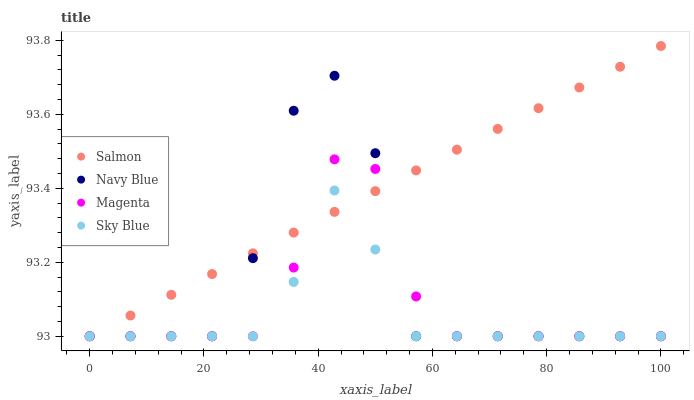
| xaxis_label | Salmon | Navy Blue | Magenta | Sky Blue |
 | --- | --- | --- | --- | --- |
 | 0 | 93 | 93 | 93 | 93 |
 | 7.14 | 93.1 | 93 | 93 | 93 |
 | 14.3 | 93.1 | 93 | 93 | 93 |
 | 21.4 | 93.2 | 93 | 93 | 93 |
 | 28.6 | 93.2 | 93.2 | 93 | 93 |
 | 35.7 | 93.3 | 93.6 | 93.2 | 93.1 |
 | 42.9 | 93.3 | 93.7 | 93.5 | 93.4 |
 | 50 | 93.4 | 93.5 | 93.5 | 93.2 |
 | 57.1 | 93.4 | 93 | 93.1 | 93 |
 | 64.3 | 93.5 | 93 | 93 | 93 |
 | 71.4 | 93.6 | 93 | 93 | 93 |
 | 78.6 | 93.6 | 93 | 93 | 93 |
 | 85.7 | 93.7 | 93 | 93 | 93 |
 | 92.9 | 93.7 | 93 | 93 | 93 |
 | 100 | 93.8 | 93 | 93 | 93 |